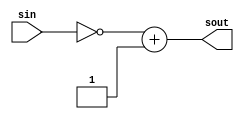
module s_reverse (
    input [3:0] sin,
    output wire [3:0] sout
);

    assign sout[3:0] = ~sin + 1;

endmodule //s_reverse